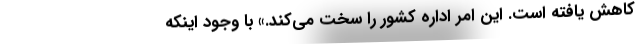
کاهش یافته است. این امر اداره کشور را سخت می‌کند.» با وجود اینکه